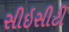
સીઇસીટી